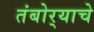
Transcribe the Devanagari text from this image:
तंबोर्‍याचे